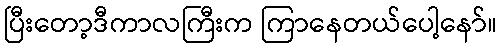
ပြီးတော့ဒီကာလကြီးက ကြာနေတယ်ပေါ့နော်။